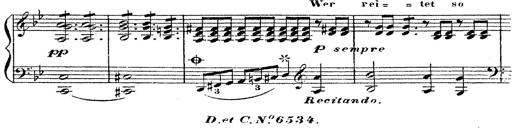
Title: 12 Lieder von Franz Schubert
Composer: Franz Liszt